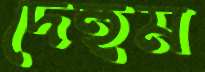
দেহুম